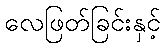
လေဖြတ်ခြင်းနှင့်